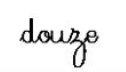
douze